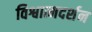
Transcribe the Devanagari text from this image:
विश्वात्मदर्शन